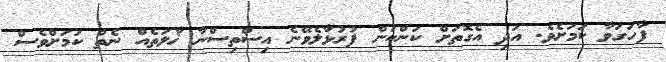
ފާހަގަވާ ކަމަށެވެ. އަދި އެގޮތަށް ކަންކަން ފުރުޅާލެވޭނެ އިސްތިސްނާ ޚާލަތެއް ނެތް ކަމަށްވެސް